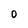
Character: O